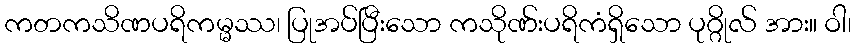
ကတကသိဏပရိကမ္မဿ၊ ပြုအပ်ပြီးသော ကသိုဏ်းပရိကံရှိသော ပုဂ္ဂိုလ် အား။ ဝါ၊